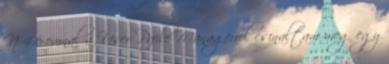
N 4.6-omnal a User Prfile Managerrel csinaltam meg egy